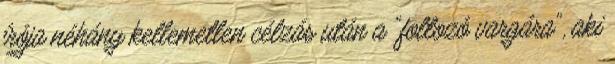
írója néhány kellemetlen célzás után a "foltozó vargára", aki